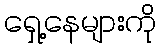
ရှေ့နေများကို